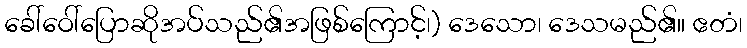
ခေါ်ဝေါ်ပြောဆိုအပ်သည်၏အဖြစ်ကြောင့်၊) ဒေသော၊ ဒေသမည်၏။ ဧတံ၊